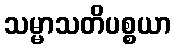
သမ္မာသတိပစ္စယာ